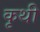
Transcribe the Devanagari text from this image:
कृथी